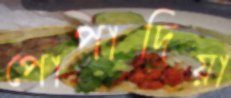
পোপাদিয়া